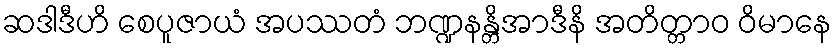
ဆဒါဒီဟိ စေပူဇာယံ အပဿတံ ဘဏ္ဍနန္တိအာဒီနိ အတိတ္တာဝ ဝိမာနေ